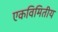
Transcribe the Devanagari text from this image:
एकविमितीय